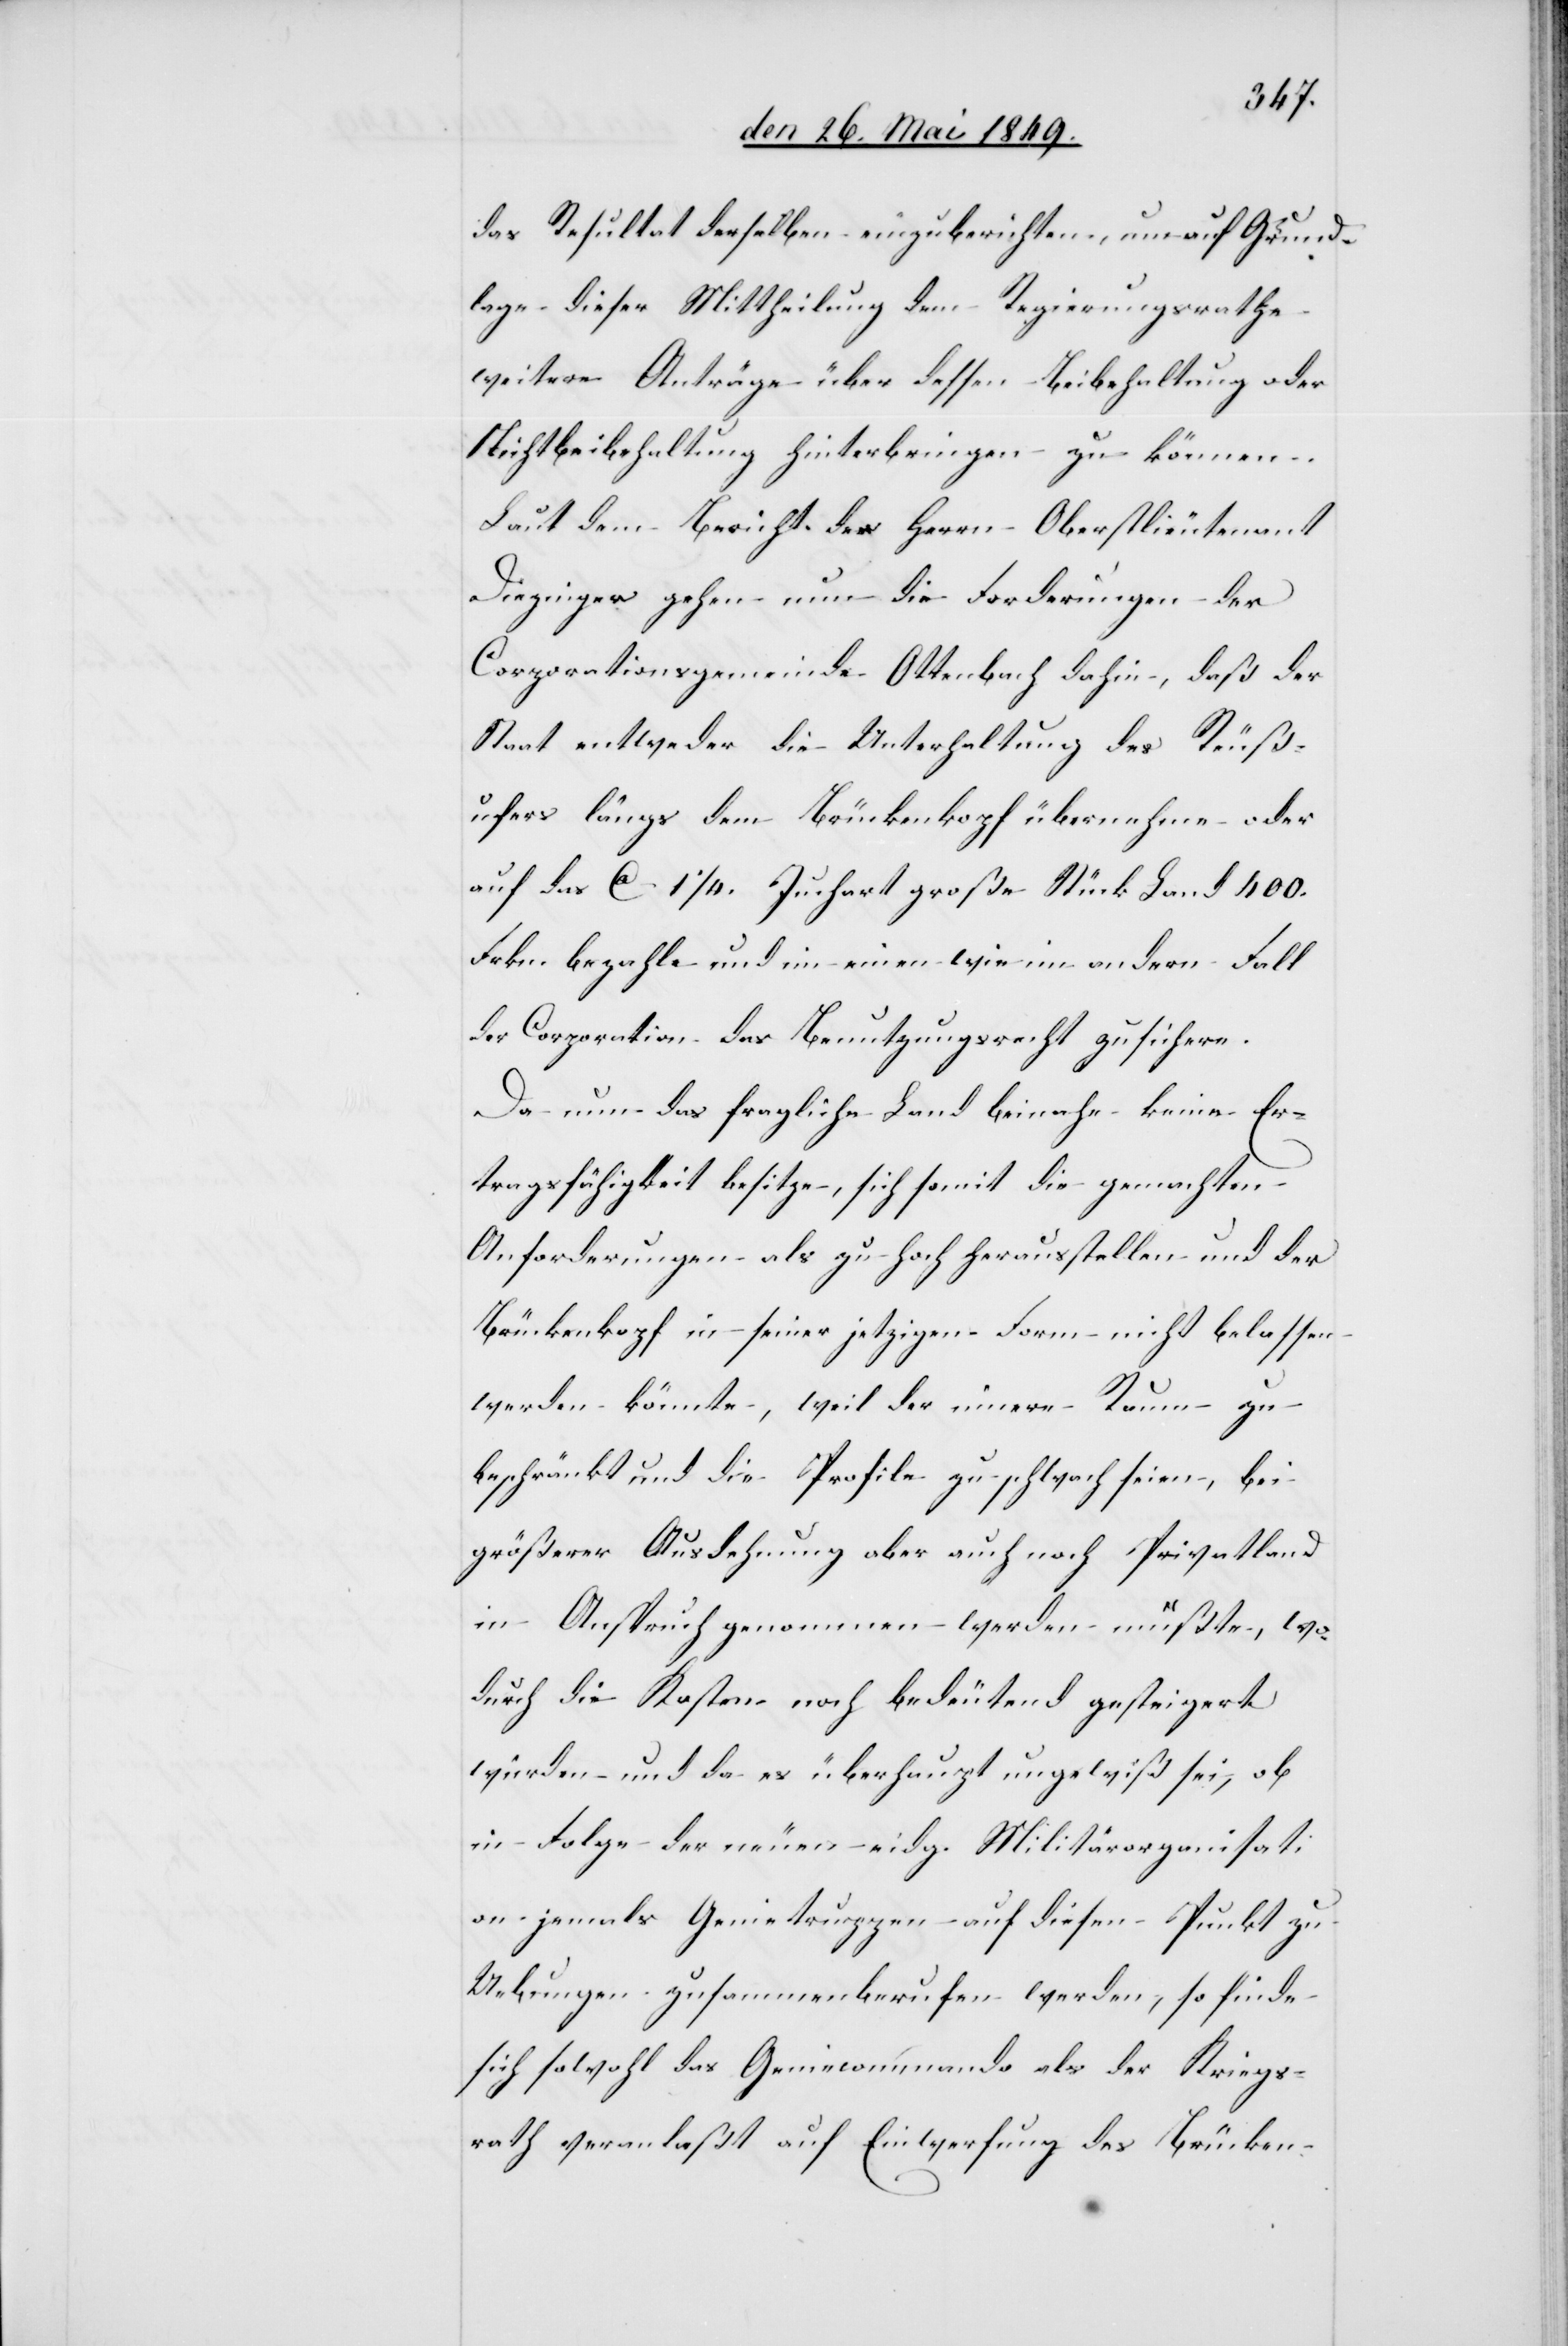
das Resultat derselben einzuberichten, um auf Grund¬
lage dieser Mittheilung dem Regierungsrathe
weitere Anträge über dessen Beibehaltung oder
Nichtbeibehaltung hinterbringen zu können.
Laut dem Bericht des Herrn Oberstlieutenant
Diezinger gehen nun die Forderungen der
Corporationsgemeinde Ottenbach dahin, daß der
Staat entweder die Unterhaltung des Reuß¬
ufers längs dem Brückenkopf übermachen oder
auf das ca 11/4. Juchart große Stücke Land 400.
Frkn. bezahle und im einen wie im andern Fall
der Corporation das Benutzungsrecht zusichern.
Da nun das fragliche Land beinahe keine Er¬
tragsfähigkeit besitze, sich somit die gemachten
Anforderungen als zu hoch herausstellen und der
Brückenkopf in seiner jetzigen Form nicht belassen
werden könnte, weil der innere Raum zu
beschränkt und die Profile zu schwach seien, bei
größerer Ausdehnung aber auch noch Privatland
in Anspruch genommen werden mußte, wo¬
durch die Kosten noch bedeutend gesteigert
würden- und da es überhaupt ungewiß sei, ob
in Folge der neuen eidg. Militärorganisati¬
on jemals Genietruppen auf diesen Punkt zu
Uebungen zusammenberufen werden, so finde
sich sowohl das Geniecommando als der Kriegs¬
rath veranlaßt auf Einwerfung des Brücken-